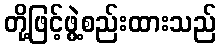
တို့ဖြင့်ဖွဲ့စည်းထားသည်